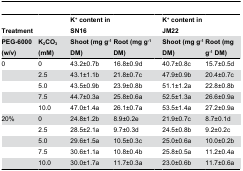
| Treatment |  |  | K+ content in SN16 |  |  | K+ content in JM22 |  |
 | PEG-6000 (w/v) | K2CO3 (mM) |  | Shoot (mg g-1 DM) | Root (mg g-1 DM) |  | Shoot (mg g-1 DM) | Root (mg g-1 DM) |
 | --- | --- | --- | --- | --- | --- | --- | --- |
 | 0 | 0 |  | 43.2±0.7b | 16.8±0.9d |  | 40.7±0.8c | 15.7±0.5d |
 |  | 2.5 |  | 43.1±1.1b | 21.8±0.7c |  | 47.9±0.9b | 20.4±0.7c |
 |  | 5.0 |  | 43.5±0.9b | 23.9±0.8b |  | 51.1±1.2a | 22.8±0.8b |
 |  | 7.5 |  | 44.7±0.3a | 25.8±0.6a |  | 52.5±1.3a | 26.6±0.9a |
 |  | 10.0 |  | 47.0±1.4a | 26.1±0.7a |  | 53.5±1.4a | 27.2±0.9a |
 | 20% | 0 |  | 24.8±1.2b | 8.9±0.2e |  | 21.9±0.7c | 8.7±0.1d |
 |  | 2.5 |  | 28.5±2.1a | 9.7±0.3d |  | 24.5±0.8b | 9.2±0.2c |
 |  | 5.0 |  | 29.6±1.5a | 10.5±0.3c |  | 25.0±0.6a | 10.0±0.2b |
 |  | 7.5 |  | 30.6±1.1a | 10.8±0.4b |  | 25.8±0.5a | 11.2±0.4a |
 |  | 10.0 |  | 30.0±1.7a | 11.7±0.3a |  | 23.0±0.6b | 11.7±0.6a |